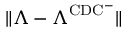
\lVert \boldsymbol { \Lambda } - \boldsymbol { \Lambda } ^ { \mathrm { C D C ^ { - } } } \rVert